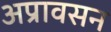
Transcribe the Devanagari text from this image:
अप्रावसन